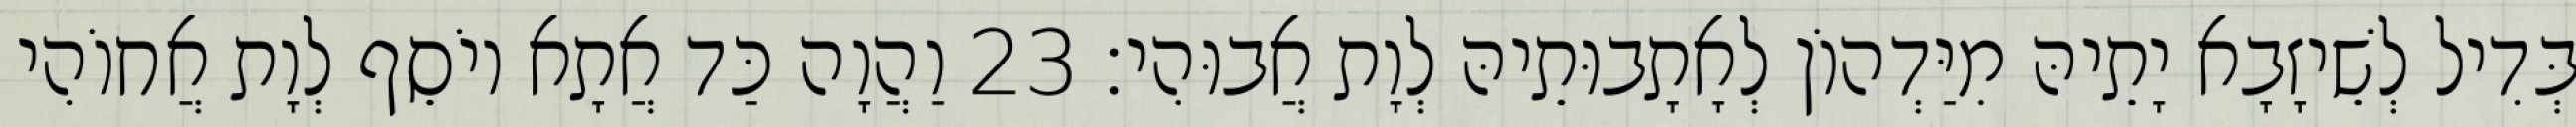
בְּדִיל לְשֵׁיזָבָא יָתֵיהּ מִיַּדְהוֹן לְאָתָבוּתֵיהּ לְוָת אֲבוּהִי׃ 23 וַהֲוָה כַּד אֲתָא יוֹסֵף לְוָת אֲחוֹהִי